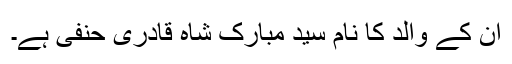
ان کے والد کا نام سید مبارک شاہ قادری حنفی ہے۔